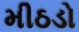
મીઠડો